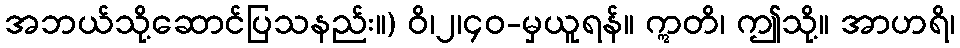
အဘယ်သို့ဆောင်ပြသနည်း။) ဝိ၊၂၊၄၀-မှယူရန်။ ဣတိ၊ ဤသို့။ အာဟရိ၊